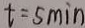
t = 5 \min